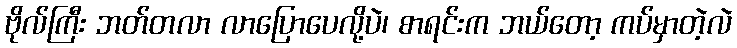
ဗိုလ်ကြီး ဘတ်တလာ လာပြောပေလို့ပဲ၊ စာရင်းက ဘယ်တော့ ကပ်မှာတဲ့လဲ